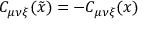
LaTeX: C _ { \mu \nu \xi } ( \tilde { x } ) = - C _ { \mu \nu \xi } ( x )